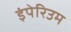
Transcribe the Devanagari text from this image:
इंपेरिउम